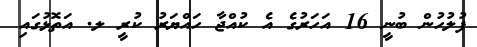
ފުލުހުން ބުނީ 16 އަހަރުގެ އެ ކުއްޖާ ހައްޔަރު ކުރީ ލ. އަތޮޅުގައި